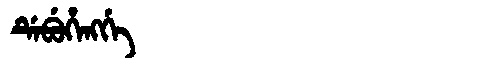
Manchu: ᡩᡝᠪᡠᡥᡝᠩᡤᡝ
Romanization: DEBUHENGGE